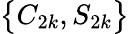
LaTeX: \big\{ C_{2k},S_{2k}\big\}